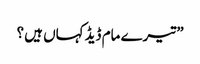
” تیرے مام ڈیڈ کہاں ہیں ؟